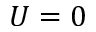
U = 0